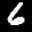
Label: 6